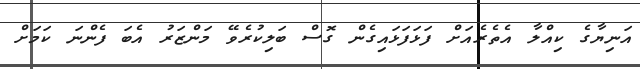
އަނިޔާގެ ކިއްލާ އެތެރެއަށް ފަޅަފަޅައިގެން ގޮސް ބަލިކުރެވޭ މަންޒަރު އެބަ ފެންނަ ކަމަށް